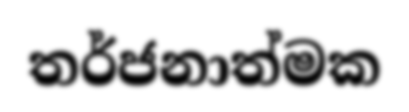
තර්ජනාත්මක